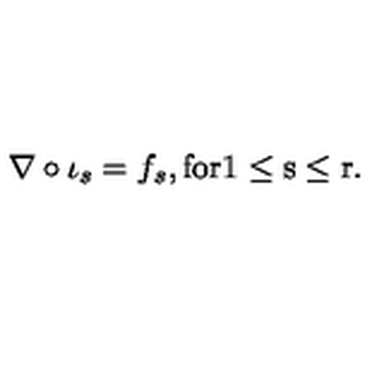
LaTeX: \nabla \circ \iota _ { s } = f _ { s } , \mathrm { f o r 1 \leq s \leq r } .